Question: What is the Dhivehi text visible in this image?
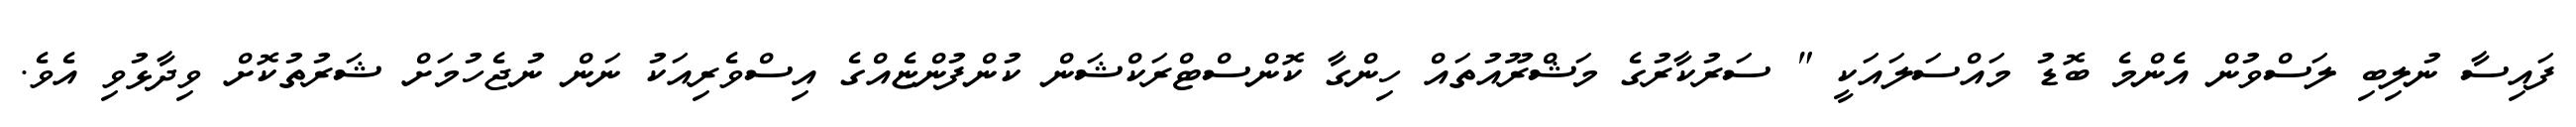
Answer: ފައިސާ ނުލިބި ލަސްވުން އެންމެ ބޮޑު މައްސަލައަކީ " ސަރުކާރުގެ މަޝްރޫއުތައް ހިންގާ ކޮންސްޓްރަކްޝަން ކުންފުންޏެއްގެ އިސްވެރިއަކު ނަން ނުޖެހުމަށް ޝަރުތުކޮށް ވިދާޅުވި އެވެ.